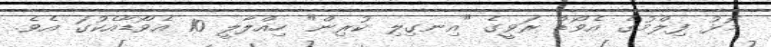
މޮޅު ފިލްމުގެ އެވޯޑް ރަވީގެ "އިނގިލި ކުރިން" ހިއްލާލީ 10 އެވޯޑާއެކުގަ އެވެ.